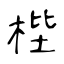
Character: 梐